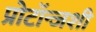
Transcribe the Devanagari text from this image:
प्रोटॉन्जशी